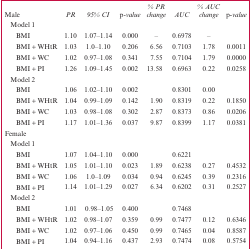
<table><thead><tr><td><b>Male</b></td><td><b>PR</b></td><td><b>95% CI</b></td><td><b>p-value</b></td><td><b>% PR change</b></td><td><b>AUC</b></td><td><b>% AUC change</b></td><td><b>p-value</b></td></tr></thead><tbody><tr><td colspan="8">Model 1</td></tr><tr><td>BMI</td><td>1.10</td><td>1.07–1.14</td><td>0.000</td><td>–</td><td>0.6978</td><td>–</td><td></td></tr><tr><td>BMI + WHtR</td><td>1.03</td><td>1.0–1.10</td><td>0.206</td><td>6.56</td><td>0.7103</td><td>1.78</td><td>0.0011</td></tr><tr><td>BMI + WC</td><td>1.02</td><td>0.97–1.08</td><td>0.341</td><td>7.55</td><td>0.7104</td><td>1.79</td><td>0.0000</td></tr><tr><td>BMI + PI</td><td>1.26</td><td>1.09–1.45</td><td>0.002</td><td>13.58</td><td>0.6963</td><td>0.22</td><td>0.0258</td></tr><tr><td>Model 2</td><td></td><td></td><td></td><td></td><td></td><td></td><td></td></tr><tr><td>BMI</td><td>1.06</td><td>1.02–1.10</td><td>0.002</td><td></td><td>0.8301</td><td>0.00</td><td></td></tr><tr><td>BMI + WHtR</td><td>1.04</td><td>0.99–1.09</td><td>0.142</td><td>1.90</td><td>0.8319</td><td>0.22</td><td>0.1850</td></tr><tr><td>BMI + WC</td><td>1.03</td><td>0.98–1.08</td><td>0.302</td><td>2.87</td><td>0.8373</td><td>0.86</td><td>0.0206</td></tr><tr><td>BMI + PI</td><td>1.17</td><td>1.01–1.36</td><td>0.037</td><td>9.87</td><td>0.8399</td><td>1.17</td><td>0.0381</td></tr><tr><td colspan="5">Female</td></tr><tr><td>Model 1</td></tr><tr><td>BMI</td><td>1.07</td><td>1.04–1.10</td><td>0.000</td><td></td><td>0.6221</td><td></td><td></td></tr><tr><td>BMI + WHtR</td><td>1.05</td><td>1.01–1.10</td><td>0.023</td><td>1.89</td><td>0.6238</td><td>0.27</td><td>0.4532</td></tr><tr><td>BMI + WC</td><td>1.06</td><td>1.0–1.09</td><td>0.034</td><td>0.94</td><td>0.6245</td><td>0.39</td><td>0.2316</td></tr><tr><td>BMI + PI</td><td>1.14</td><td>1.01–1.29</td><td>0.027</td><td>6.34</td><td>0.6202</td><td>0.31</td><td>0.2527</td></tr><tr><td colspan="8">Model 2</td></tr><tr><td>BMI</td><td>1.01</td><td>0.98–1.05</td><td>0.400</td><td></td><td>0.7468</td><td></td><td></td></tr><tr><td>BMI + WHtR</td><td>1.02</td><td>0.98–1.07</td><td>0.359</td><td>0.99</td><td>0.7477</td><td>0.12</td><td>0.6346</td></tr><tr><td>BMI + WC</td><td>1.02</td><td>0.97–1.06</td><td>0.450</td><td>0.99</td><td>0.7465</td><td>0.04</td><td>0.8587</td></tr><tr><td>BMI + PI</td><td>1.04</td><td>0.94–1.16</td><td>0.437</td><td>2.93</td><td>0.7474</td><td>0.08</td><td>0.5754</td></tr></tbody></table>